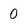
Character: 0